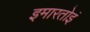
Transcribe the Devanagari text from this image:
इमारतोइं